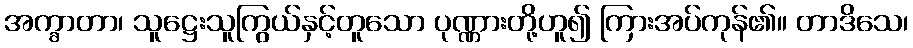
အက္ခာတာ၊ သူဋ္ဌေးသူကြွယ်နှင့်တူသော ပုဏ္ဏားတို့ဟူ၍ ကြားအပ်ကုန်၏။ တာဒိသေ၊